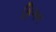
કિગન